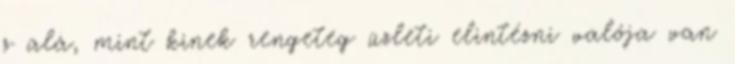
s alá, mint kinek rengeteg üzleti elintézni valója van